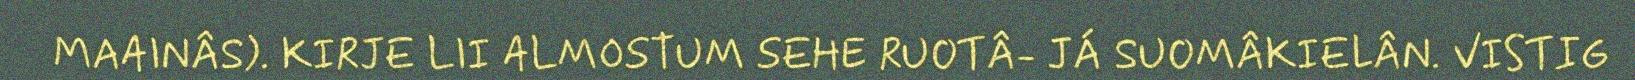
MAAINÂS). KIRJE LII ALMOSTUM SEHE RUOTÂ- JÁ SUOMÂKIELÂN. VISTIG